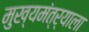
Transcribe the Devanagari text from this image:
मुख्यमंत्र्याला